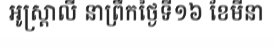
អូស្ត្រាលី នាព្រឹកថ្ងៃទី១៦ ខែមីនា